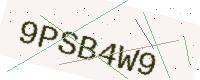
Text: 9PSB4W9